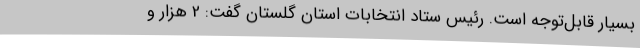
بسیار قابل‌توجه است. رئیس ستاد انتخابات استان گلستان گفت: 2 هزار و